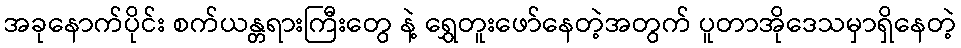
အခုနောက်ပိုင်း စက်ယန္တရားကြီးတွေ နဲ့ ရွှေတူးဖော်နေတဲ့အတွက် ပူတာအိုဒေသမှာရှိနေတဲ့